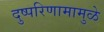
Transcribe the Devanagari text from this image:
दुष्परिणामामुळे